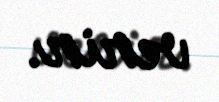
verir.